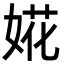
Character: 婲